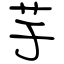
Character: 芋